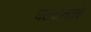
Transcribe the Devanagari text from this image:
घटकतत्त्वे